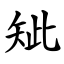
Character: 䂑